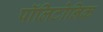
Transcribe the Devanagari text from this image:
पॉलिटोनिक